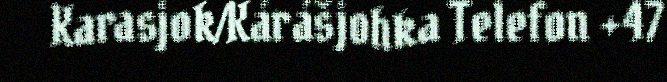
Karasjok/Kárášjohka Telefon +47